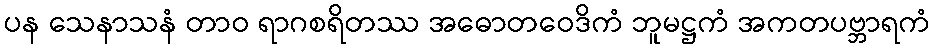
ပန သေနာသနံ တာဝ ရာဂစရိတဿ အဓောတဝေဒိကံ ဘူမဋ္ဌကံ အကတပဗ္ဘာရကံ